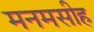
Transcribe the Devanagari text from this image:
मनमसीह